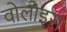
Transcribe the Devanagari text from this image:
वोलोइस